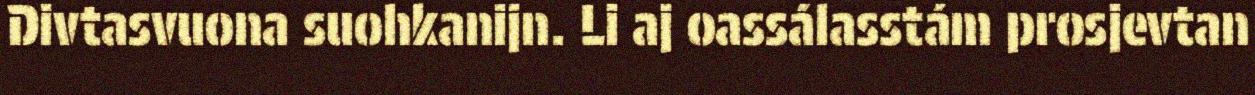
Divtasvuona suohkanijn. Li aj oassálasstám prosjevtan